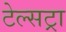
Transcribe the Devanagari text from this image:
टेल्‍सट्रा